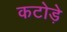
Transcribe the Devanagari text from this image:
कटोड़े